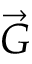
\vec { G }